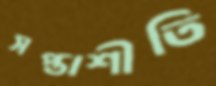
সপ্তাশীতি